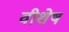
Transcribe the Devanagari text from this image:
वीशेष